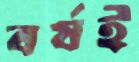
বর্ষই